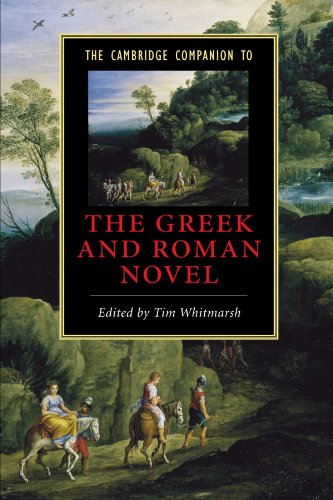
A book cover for The Cambridge Companion to the Greek and Roman Novel (Cambridge Companions to Literature); Literature & Fiction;